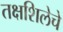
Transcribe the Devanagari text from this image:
तक्षशिलेचे